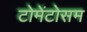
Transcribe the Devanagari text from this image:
टोमेंटोसम